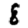
Digit: 8